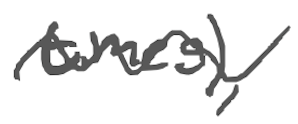
Text: times),
Cross-out: mix
Writing tool: digital_gray